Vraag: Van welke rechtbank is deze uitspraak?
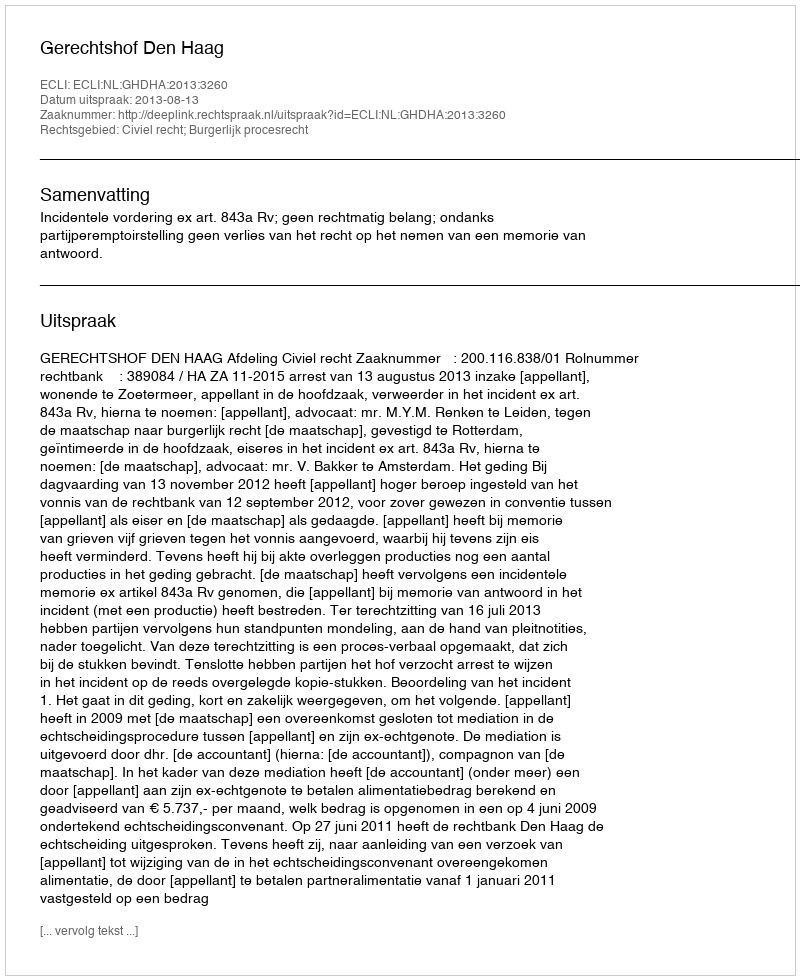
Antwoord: Gerechtshof Den Haag